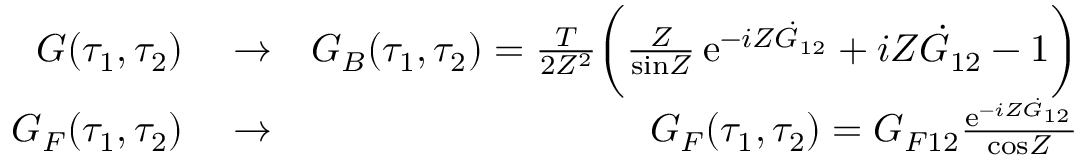
\begin{array} { r l r } { G ( \tau _ { 1 } , \tau _ { 2 } ) } & { { } \to } & { { \cal G } _ { B } ( \tau _ { 1 } , \tau _ { 2 } ) = \frac { T } { 2 { \cal Z } ^ { 2 } } \biggl ( { \frac { \cal Z } { \mathrm { s i n } { \cal Z } } } \, \mathrm { e } ^ { - i { \cal Z } \dot { G } _ { 1 2 } } + i { \cal Z } \dot { G } _ { 1 2 } - 1 \biggr ) } \\ { G _ { F } ( \tau _ { 1 } , \tau _ { 2 } ) } & { { } \to } & { { \cal G } _ { F } ( \tau _ { 1 } , \tau _ { 2 } ) = G _ { F 1 2 } { \frac { \mathrm { e } ^ { - i { \cal Z } \dot { G } _ { 1 2 } } } { \mathrm { c o s } { \cal Z } } } } \end{array}